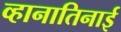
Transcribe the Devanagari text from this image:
व्हानातिनाई